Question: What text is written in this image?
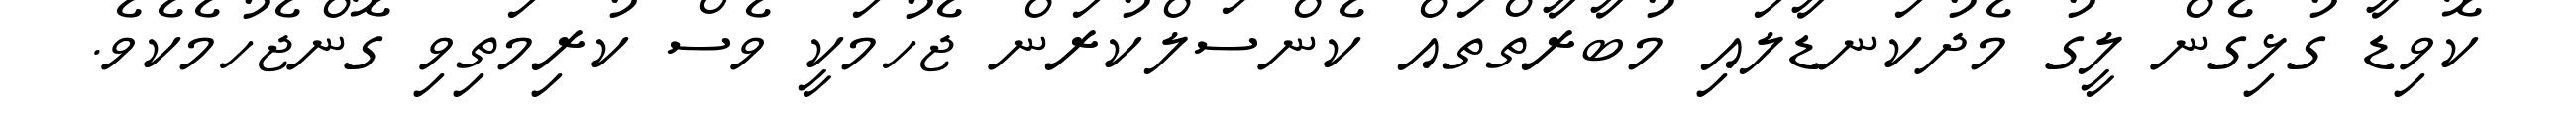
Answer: ކޮވިޑާ ގުޅިގެން ލީގު މެދުކަނޑާލައި މުބާރާތްތައް ކެންސަލްކުރަން ޖެހުމަކީ ވެސް ކުރިމަތިވި ގޮންޖެހުމެކެވެ.